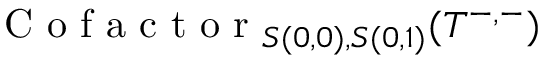
\mathrm { ~ C ~ o ~ f ~ a ~ c ~ t ~ o ~ r ~ } _ { S ( 0 , 0 ) , S ( 0 , 1 ) } ( T ^ { - , - } )